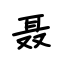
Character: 聂